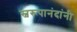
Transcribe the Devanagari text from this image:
स्वरूपानंदांनी